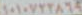
١٠١٠٧٢٢٨٦٩